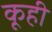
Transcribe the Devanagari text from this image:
कूही